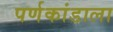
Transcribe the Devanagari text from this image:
पर्णकांडाला